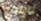
دودج